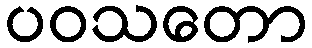
ပဝသတော